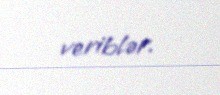
veriblər.